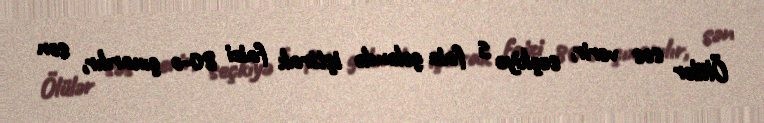
Ölülər səs verir, seçkiyə 5 faiz gələndə iştirak faizi 80-ə çıxarılır, sən